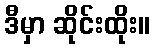
ဒီမှာ ဆိုင်းထိုး။